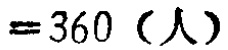
$=360 \text{（人）}$